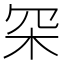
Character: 罙